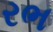
રભ